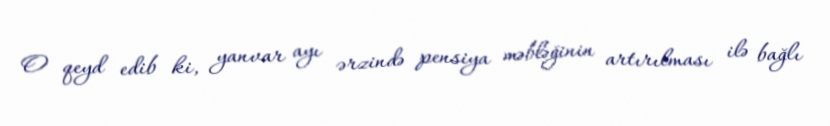
O qeyd edib ki, yanvar ayı ərzində pensiya məbləğinin artırılması ilə bağlı